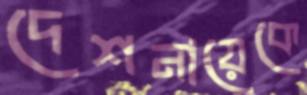
দেশনায়েকে